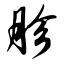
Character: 胗